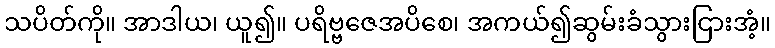
သပိတ်ကို။ အာဒါယ၊ ယူ၍။ ပရိဗ္ဗဇေအပိစေ၊ အကယ်၍ဆွမ်းခံသွားငြားအံ့။